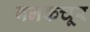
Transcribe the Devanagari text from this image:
बनकचूर